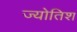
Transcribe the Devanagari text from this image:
ज्योतिश